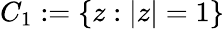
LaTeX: C_{1}:=\{ z:|z|=1\}